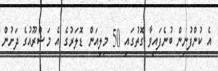
އެ ކުންފުނިން ބުނެފައިވާ ގޮތުގައި 50 މިލިއަން ޑޮލަރުގެ އެ މަޝްރޫއުގެ ދަށުން